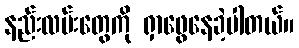
နည်းလမ်းတွေကို ရှာဖွေနေခဲ့ပါတယ်။